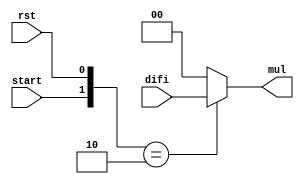
`timescale 1ns / 1ps
//////////////////////////////////////////////////////////////////////////////////
// Company: 
// Engineer: 
// 
// Design Name: 
// Module Name: Start
// Project Name: 
// Target Devices: 
// Tool Versions: 
// Description: 
// 
// Dependencies: 
// 
// Revision:
// Revision 0.01 - File Created
// Additional Comments:
// 
//////////////////////////////////////////////////////////////////////////////////


module Start(rst, start, difi, mul);
input rst, start;
input [1:0] difi;
output [1:0] mul;

wire [1:0] indi;


assign indi[0] = rst;
assign indi[1] = start;

assign mul = (indi == 2'b10) ? difi : 0;



endmodule